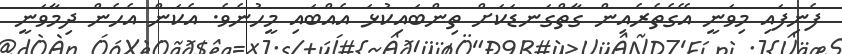
ފެނިފައި މިވަނީ އޭގެތެރެއިން ގާތްގަނޑަކަށް ތިންބައިކުޅަ އެއްބައި މީހުނެވެ. އެކަން އެހެން ދިމާވަނީ